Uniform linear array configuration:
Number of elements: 4
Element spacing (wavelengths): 1
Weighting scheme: exponential
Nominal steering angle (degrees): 0
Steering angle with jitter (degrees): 1.309
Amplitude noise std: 0.05
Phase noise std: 0.05

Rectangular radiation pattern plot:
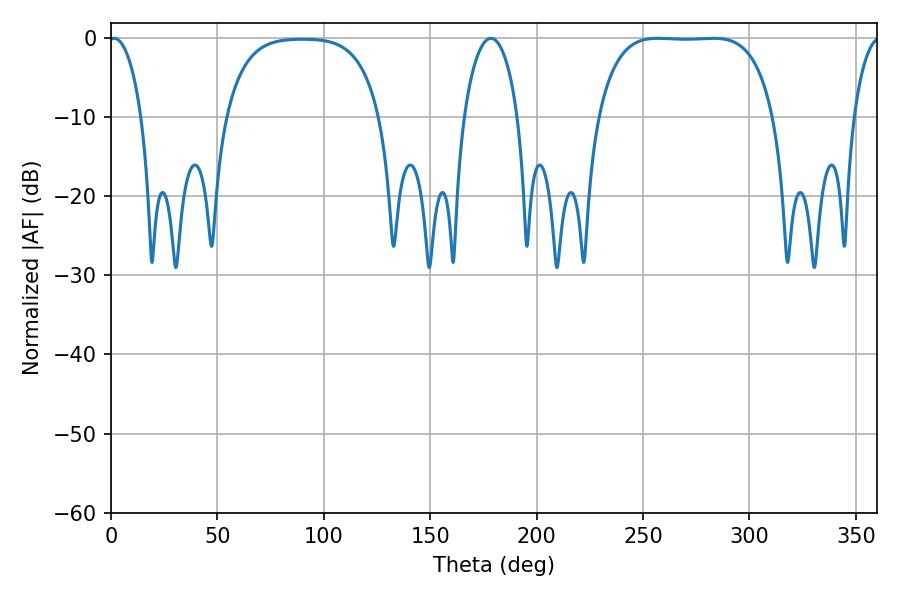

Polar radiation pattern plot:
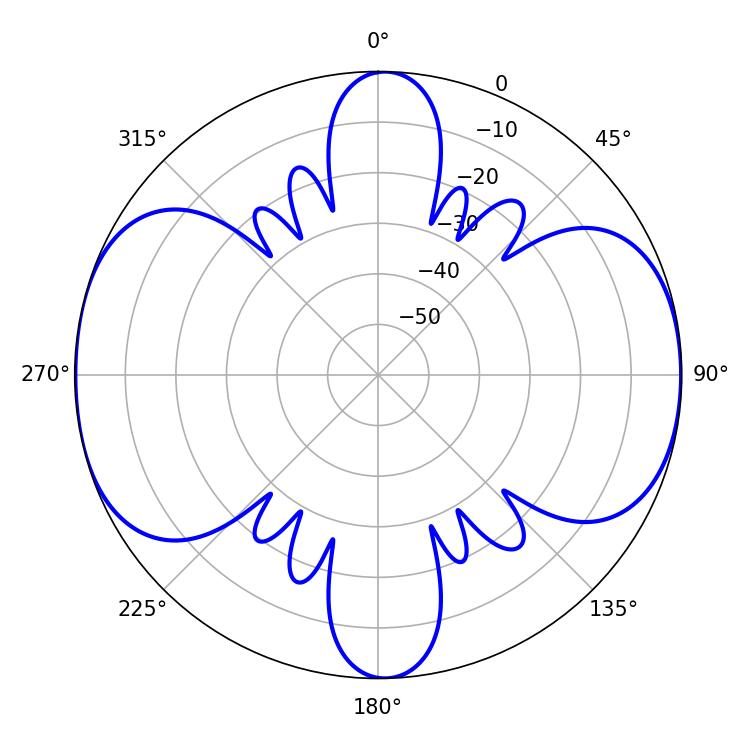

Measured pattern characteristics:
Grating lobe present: TRUE
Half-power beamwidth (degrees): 64.08
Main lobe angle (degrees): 257.04